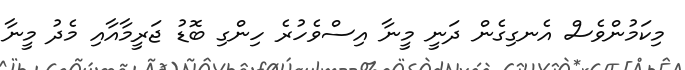
މިކަމުންވެސް އެނގިގެން ދަނީ މީނާ އިސްވެހުރެ ހިންގި ބޮޑު ޖަރީމާއާއި މެދު މީނާ